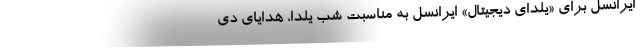
ایرانسل برای «یلدای دیجیتال» ایرانسل به مناسبت شب یلدا، هدایای دی